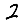
Digit: 2